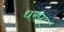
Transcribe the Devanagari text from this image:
धरपा